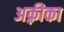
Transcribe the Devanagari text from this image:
अक़्रीका